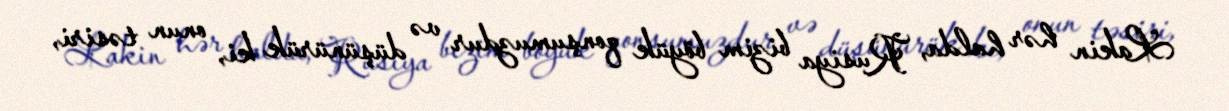
Lakin hər halda, Rusiya bizim böyük qonşumuzdur və düşünürük ki, onun təsiri,